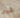
غير